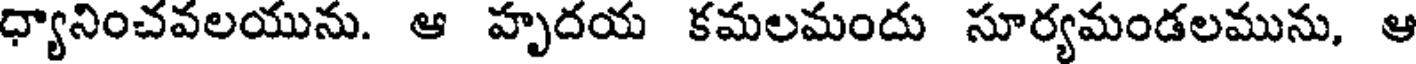
ధ్యానించవలయును. ఆ హృదయ కమలమందు సూర్యమండలమును, ఆ